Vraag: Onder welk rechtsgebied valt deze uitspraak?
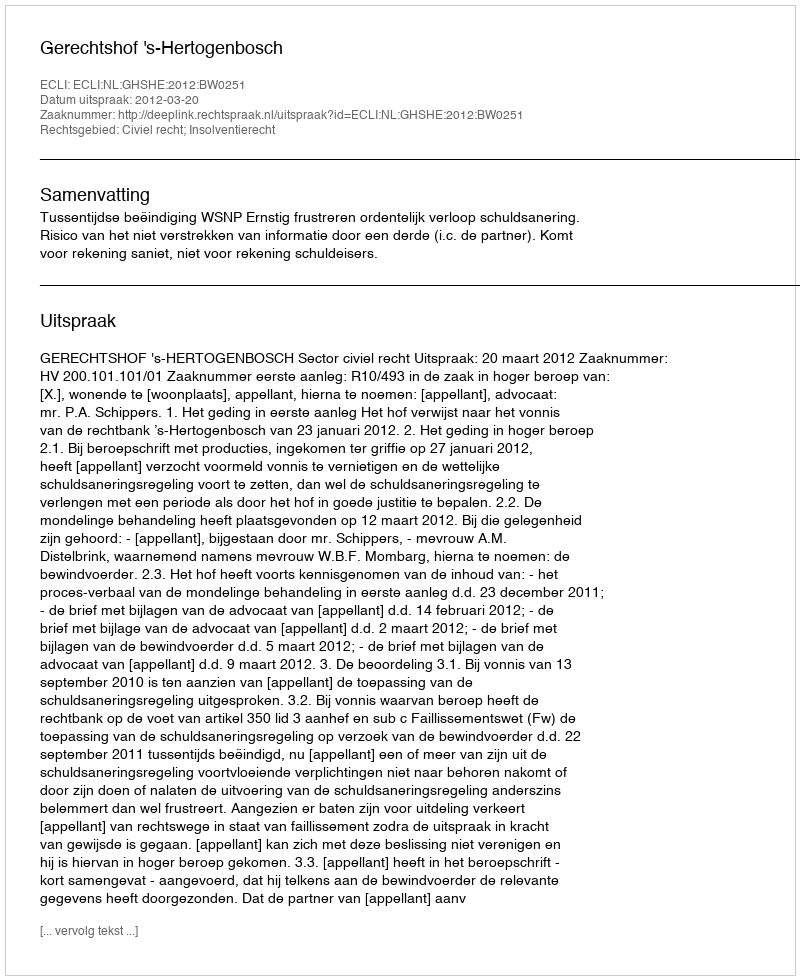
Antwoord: Civiel recht; Insolventierecht